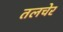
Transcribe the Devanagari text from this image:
तलचेर